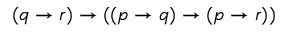
( q \to r ) \to ( ( p \to q ) \to ( p \to r ) )